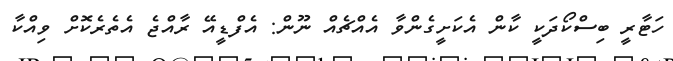
ހަޓާރީ ބިސްކޯދަކީ ކާން އެކަށީގެންވާ އެއްޗެއް ނޫން: އެފްޑީއޭ ރާއްޖެ އެތެރެކޮށް ވިއްކާ